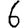
Digit: 6